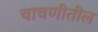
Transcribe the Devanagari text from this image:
चाचणीतील